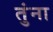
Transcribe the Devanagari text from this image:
तुंना